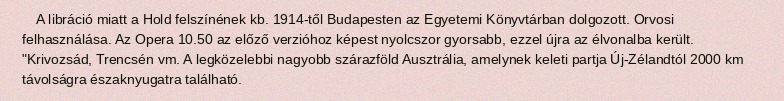
A libráció miatt a Hold felszínének kb. 1914-től Budapesten az Egyetemi Könyvtárban dolgozott. Orvosi felhasználása. Az Opera 10.50 az előző verzióhoz képest nyolcszor gyorsabb, ezzel újra az élvonalba került. "Krivozsád, Trencsén vm. A legközelebbi nagyobb szárazföld Ausztrália, amelynek keleti partja Új-Zélandtól 2000 km távolságra északnyugatra található.